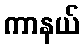
ကာနယ်